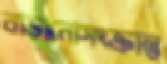
বাড়ানোসংক্রান্ত